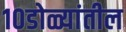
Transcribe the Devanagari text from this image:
१०डोळ्यांतील